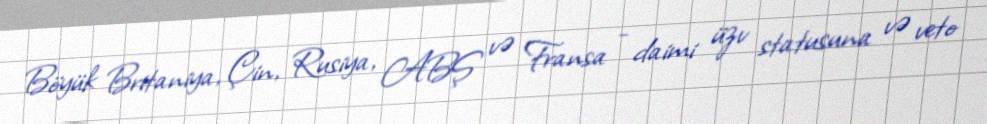
Böyük Britaniya, Çin, Rusiya, ABŞ və Fransa - daimi üzv statusuna və veto